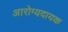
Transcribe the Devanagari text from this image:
आरोग्यदायक